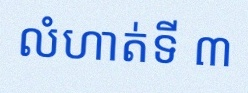
លំហាត់ទី ៣